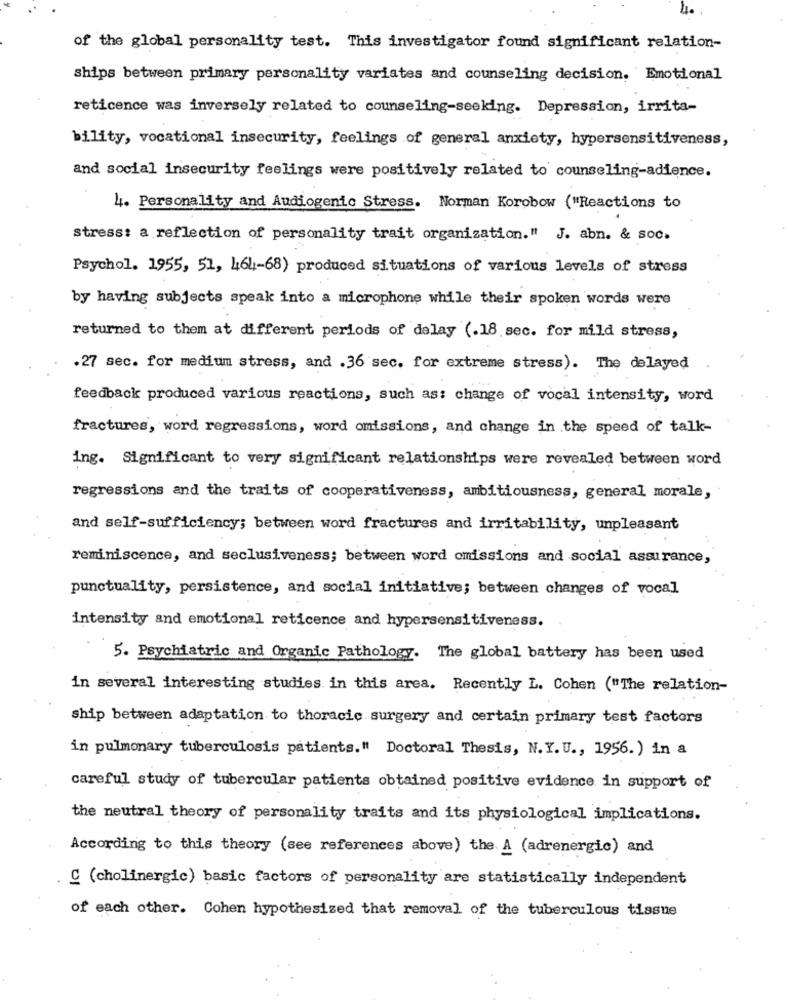
4.
of the global personality test. This investigator found significant relation-
ships between primary personality variates and counseling decision. Emotional
reticence was inversely related to counseling-seeking. Depression, irrita-
bility, vocational insecurity, feelings of general anxiety, hypersensitiveness,
and social insecurity feelings were positively related to counseling-adience.
4. Personality and Audiogenic Stress. Norman Korobow ("Reactions to
stress: a reflection of personality trait organization." J. abn. & soc.
Psychol. 1955, 51, 464-68) produced situations of various levels of stress
by having subjects speak into a microphone while their spoken words were
returned to them at different periods of delay (.18 sec. for mild stress,
.27 sec. for medium stress, and .36 sec. for extreme stress). The delayed
feedback produced various reactions, such as: change of vocal intensity, word
fractures, word regressions, word omissions, and change in the speed of talk-
ing. Significant to very significant relationships were revealed between word
regressions and the traits of cooperativeness, ambitiousness, general morale,
and self-sufficiency; between word fractures and irritability, unpleasant
reminiscence, and seclusiveness; between word omissions and social assurance,
punctuality, persistence, and social initiative; between changes of vocal
intensity and emotional reticence and hypersensitiveness.
5. Psychiatric and Organic Pathology. The global battery has been used
in several interesting studies in this area. Recently L. Cohen ("The relation-
ship between adaptation to thoracic surgery and certain primary test factors
in pulmonary tuberculosis patients." Doctoral Thesis, N.Y.U ., 1956. ) in a
careful study of tubercular patients obtained positive evidence in support of
the neutral theory of personality traits and its physiological implications.
According to this theory (see references above) the A (adrenergic) and
C (cholinergic) basic factors of personality are statistically independent
of each other. Cohen hypothesized that removal of the tuberculous tissue